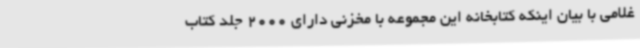
غلامی با بیان اینکه کتابخانه این مجموعه با مخزنی دارای 2000 جلد کتاب